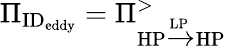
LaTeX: \Pi_{\textrm{ID}_{\textrm{eddy}}}=\Pi_{\textrm{HP}\xrightarrow{\textrm{LP}}\textrm{HP}}^{>}